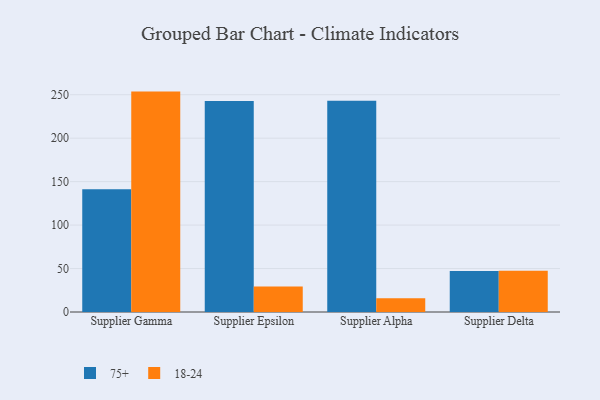
{"axis": {"x": "Supplier", "y": "Demand Index"}, "legend": ["18-24", "75+"], "data": [{"x": "Supplier Gamma", "y": 141.1, "type": "75+"}, {"x": "Supplier Gamma", "y": 253.6, "type": "18-24"}, {"x": "Supplier Epsilon", "y": 242.7, "type": "75+"}, {"x": "Supplier Epsilon", "y": 29.2, "type": "18-24"}, {"x": "Supplier Alpha", "y": 243.2, "type": "75+"}, {"x": "Supplier Alpha", "y": 15.9, "type": "18-24"}, {"x": "Supplier Delta", "y": 47.3, "type": "75+"}, {"x": "Supplier Delta", "y": 47.4, "type": "18-24"}]}